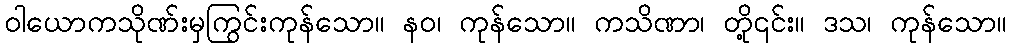
ဝါယောကသိုဏ်းမှကြွင်းကုန်သော။ နဝ၊ ကုန်သော။ ကသိဏာ၊ တို့၎င်း။ ဒသ၊ ကုန်သော။